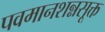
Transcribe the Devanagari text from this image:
पवमानशन्नसूक्त